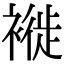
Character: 褷